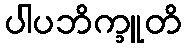
ပါပဘိက္ခူတိ